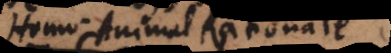
Homo. Animal Rationale